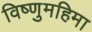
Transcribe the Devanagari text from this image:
विष्णुमहिमा